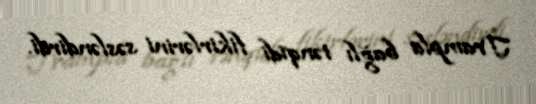
Trampla bağlı tənqidi fikirlərini səsləndirdi.